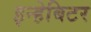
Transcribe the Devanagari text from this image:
इन्हेबिटर